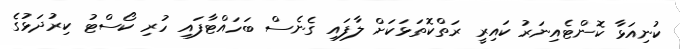
ކުނިއަޅާ ކޮންޓެއިނަރު ކައިރީ ރަތްކޮތަޅަކަށް ލާފައި ގެނެސް ބަހައްޓާފައި ހުރި ކޯސްޓު ކިރުދަޅުގެ